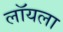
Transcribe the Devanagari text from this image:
लॉयला